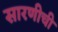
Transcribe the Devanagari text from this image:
सारणीची